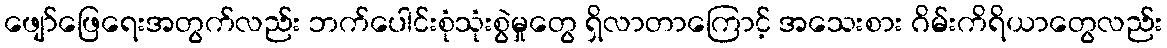
ဖျော်ဖြေရေးအတွက်လည်း ဘက်ပေါင်းစုံသုံးစွဲမှုတွေ ရှိလာတာကြောင့် အသေးစား ဂိမ်းကိရိယာတွေလည်း